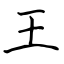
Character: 王